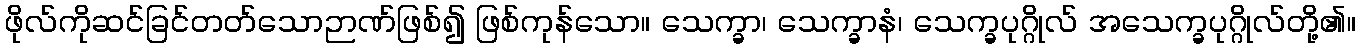
ဖိုလ်ကိုဆင်ခြင်တတ်သောဉာဏ်ဖြစ်၍ ဖြစ်ကုန်သော။ သေက္ခာ၊ သေက္ခာနံ၊ သေက္ခပုဂ္ဂိုလ် အသေက္ခပုဂ္ဂိုလ်တို့၏။